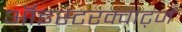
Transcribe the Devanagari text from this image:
ऑइस्टरक्वार्ट्ज